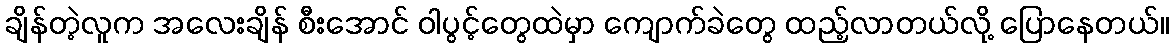
ချိန်တဲ့လူက အလေးချိန် စီးအောင် ဝါပွင့်တွေထဲမှာ ကျောက်ခဲတွေ ထည့်လာတယ်လို့ ပြောနေတယ်။